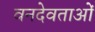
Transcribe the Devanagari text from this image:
वनदेवताओं